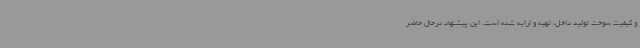
و کیفیت سوخت تولید داخل، تهیه و ارایه شده است. این پیشنهاد درحال حاضر